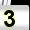
Digit: 3